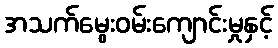
အသက်မွေးဝမ်းကျောင်းမှုနှင့်